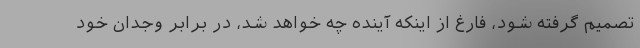
تصمیم گرفته شود، فارغ از اینکه آینده چه خواهد شد، در برابر وجدان خود